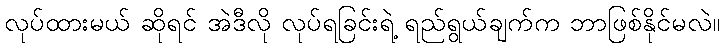
လုပ်ထားမယ် ဆိုရင် အဲဒီလို လုပ်ရခြင်းရဲ့ ရည်ရွယ်ချက်က ဘာဖြစ်နိုင်မလဲ။